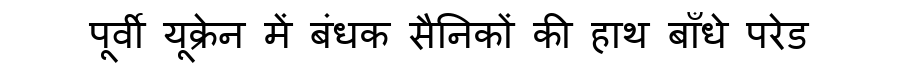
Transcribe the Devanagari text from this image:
पूर्वी यूक्रेन में बंधक सैनिकों की हाथ बाँधे परेड